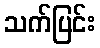
သက်ပြင်း